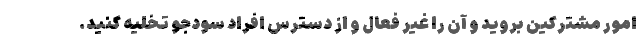
امور مشترکین بروید و آن را غیر فعال و از دسترس افراد سودجو تخلیه کنید.